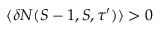
\langle \delta N ( S - 1 , S , \tau ^ { \prime } ) \rangle > 0